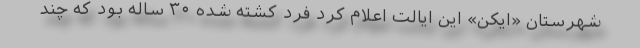
شهرستان «ایکن» این ایالت اعلام کرد فرد کشته شده ۳۰ ساله بود که چند